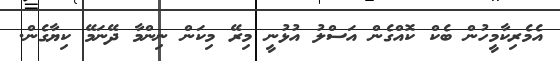
އެމެރިކާމީހުން ބެކް ކޮއްގެން އަސްލު އުޅުނީ މިރޭ މިކަން ނިންމާ ދޭނަމޭ ކިޔާގެން.